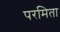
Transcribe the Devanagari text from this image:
परमिता